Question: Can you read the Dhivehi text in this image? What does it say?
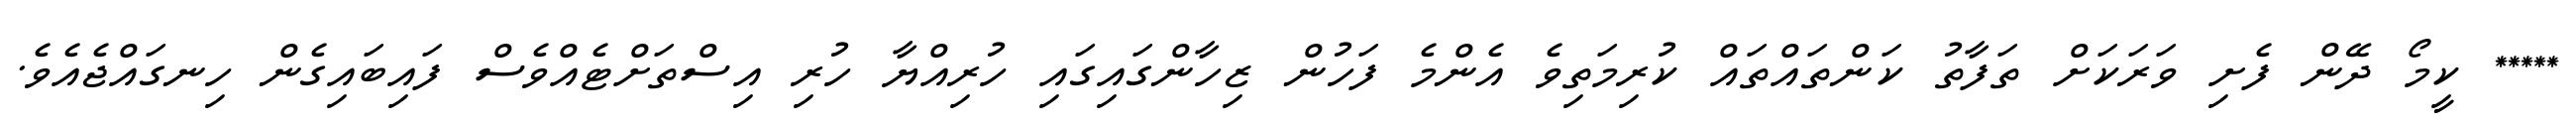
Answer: ***** ކީމޯ ދޭން ފެށި ވަރަކަށް ތަފާތު ކަންތައްތައް ކުރިމަތިވެ އެންމެ ފަހުން ޒިހާންގައިގައި ހުރިއްޔާ ހުރި އިސްތަށްޓެއްވެސް ފައިބައިގެން ހިނގައްޖެއެވެ.